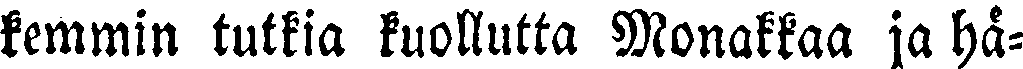
kemmin tutkia kuollutta Monakkaa ja hä-